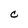
Character: C